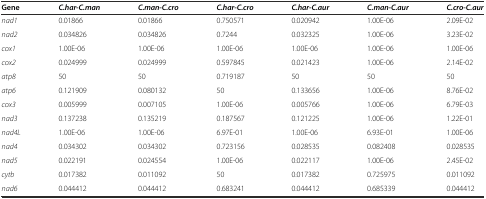
| Gene | C.har-C.man | C.man-C.cro | C.har-C.cro | C.har-C.aur | C.man-C.aur | C.cro-C.aur |
 | --- | --- | --- | --- | --- | --- | --- |
 | nad1 | 0.01866 | 0.01866 | 0.750571 | 0.020942 | 1.00E-06 | 2.09E-02 |
 | nad2 | 0.034826 | 0.034826 | 0.7244 | 0.032325 | 1.00E-06 | 3.23E-02 |
 | cox1 | 1.00E-06 | 1.00E-06 | 1.00E-06 | 1.00E-06 | 1.00E-06 | 1.00E-06 |
 | cox2 | 0.024999 | 0.024999 | 0.597845 | 0.021423 | 1.00E-06 | 2.14E-02 |
 | atp8 | 50 | 50 | 0.719187 | 50 | 50 | 50 |
 | atp6 | 0.121909 | 0.080132 | 50 | 0.133656 | 1.00E-06 | 8.76E-02 |
 | cox3 | 0.005999 | 0.007105 | 1.00E-06 | 0.005766 | 1.00E-06 | 6.79E-03 |
 | nad3 | 0.137238 | 0.135219 | 0.187567 | 0.121225 | 1.00E-06 | 1.22E-01 |
 | nad4L | 1.00E-06 | 1.00E-06 | 6.97E-01 | 1.00E-06 | 6.93E-01 | 1.00E-06 |
 | nad4 | 0.034302 | 0.034302 | 0.723156 | 0.028535 | 0.082408 | 0.028535 |
 | nad5 | 0.022191 | 0.024554 | 1.00E-06 | 0.022117 | 1.00E-06 | 2.45E-02 |
 | cytb | 0.017382 | 0.011092 | 50 | 0.017382 | 0.725975 | 0.011092 |
 | nad6 | 0.044412 | 0.044412 | 0.683241 | 0.044412 | 0.685339 | 0.044412 |